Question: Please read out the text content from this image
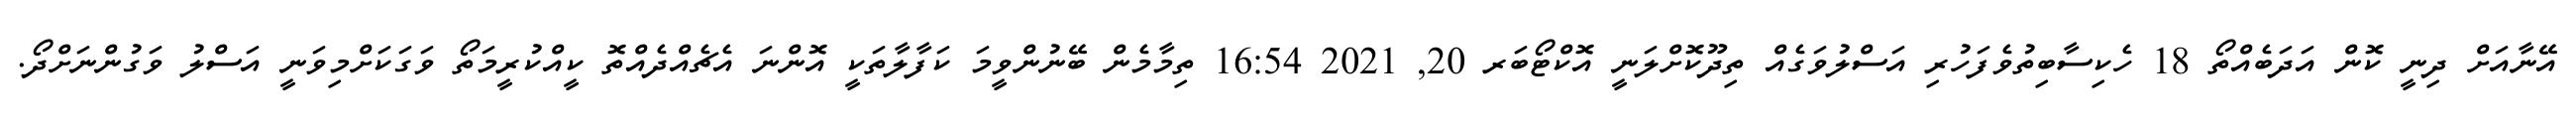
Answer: އޭނާއަށް ދިނީ ކޮން އަދަބެއްތޯ 18 ހެކިސާބިތުވެފަހުރި އަސްލުވަގެއް ތިދޫކޮށްލަނީ އޮކްޓޯބަރ 20, 2021 16:54 ތިމާމެން ބޭނުންވީމަ ކަފާލާތަކީ އޮންނަ އެޗެއްދެއްތޮ ކީއްކުރީމަތޯ ވަގަކަށްމިވަނީ އަސްލު ވަގުންނަށްދޯ.